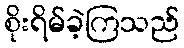
စိုးရိမ်ခဲ့ကြသည်